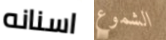
اسنانه الشموع